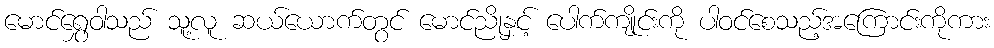
မောင်ရွှေဝါသည် သူ့လူ ဆယ်ယောက်တွင် မောင်ညိုနှင့် ပေါက်ကျိုင်းကို ပါဝင်စေသည့်အကြောင်းကိုကား